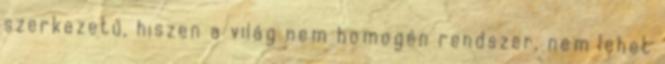
szerkezetű, hiszen a világ nem homogén rendszer, nem lehet